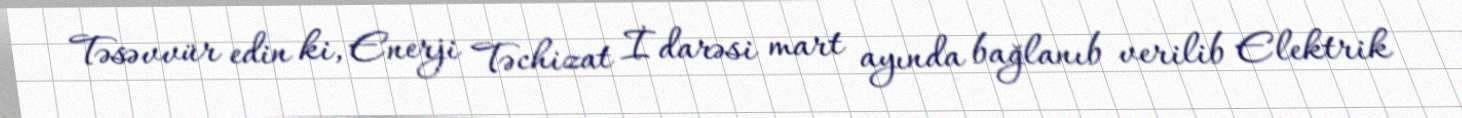
Təsəvvür edin ki, Enerji Təchizat İdarəsi mart ayında bağlanıb verilib Elektrik